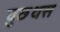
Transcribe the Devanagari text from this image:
वुछथस